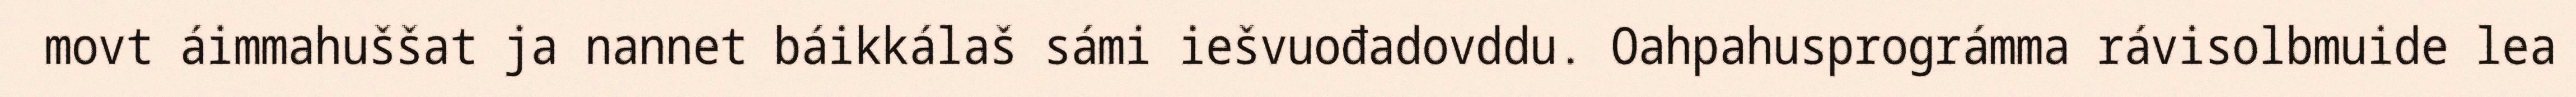
movt áimmahuššat ja nannet báikkálaš sámi iešvuođadovddu. Oahpahusprográmma rávisolbmuide lea